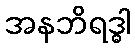
အနဘိရဒ္ဓါ